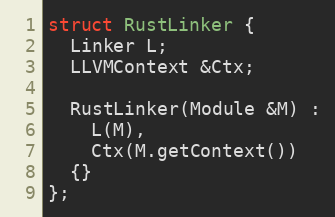
Language: C++
struct RustLinker {
  Linker L;
  LLVMContext &Ctx;

  RustLinker(Module &M) :
    L(M),
    Ctx(M.getContext())
  {}
};